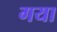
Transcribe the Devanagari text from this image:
गया